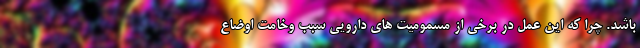
باشد. چرا که این عمل در برخی از مسمومیت های دارویی سبب وخامت اوضاع